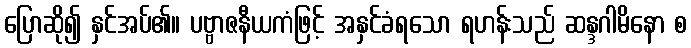
ပြောဆို၍ နှင်အပ်၏။ ပဗ္ဗာဇနီယကံဖြင့် အနှင်ခံရသော ရဟန်းသည် ဆန္ဒဂါမိနော စ